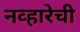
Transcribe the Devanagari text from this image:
नव्हारेची